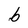
Character: b